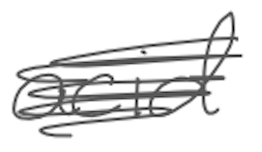
Text: acid
Cross-out: scratch
Writing tool: digital_gray